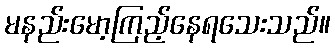
မနည်းမော့ကြည့်နေရသေးသည်။